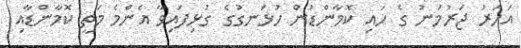
އަހަރު ޖަރުމަނު ގެ ހައި ކޮމާންޑުން ހުޅަނގުގެ ގުޅިފައިވާ އެންމެ މަތީ ކޮމާންޑާއި